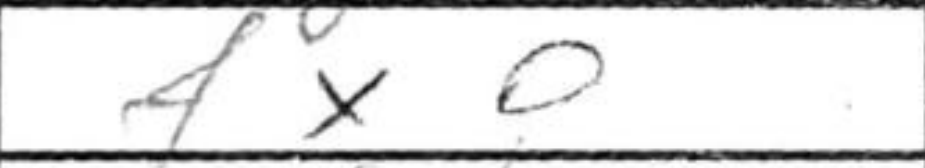
Transcription: fxg